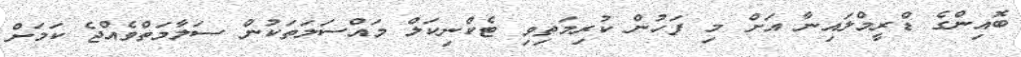
ބޮއިންގެ ޑްރީމްލައިނާ އަށް މި ފަހުން ކުރިމަތިވި ޓެކްނިކަލް މައްސަލަތަކުން ސަލާމަތްވެއްޖެ ކަމަށް